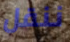
ننقل